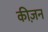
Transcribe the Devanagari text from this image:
कीज़न